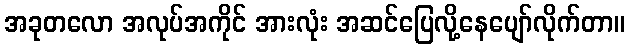
အခုတလော အလုပ်အကိုင် အားလုံး အဆင်ပြေလို့နေပျော်လိုက်တာ။